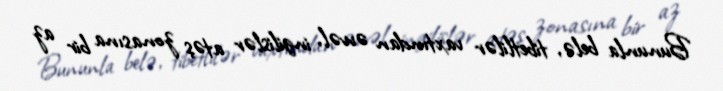
Bununla belə, tibetlilər vaxtından əvvəl, ingilislər atəş zonasına bir az